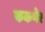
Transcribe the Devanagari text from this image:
ककणेर